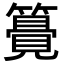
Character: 𥵒